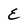
Character: E